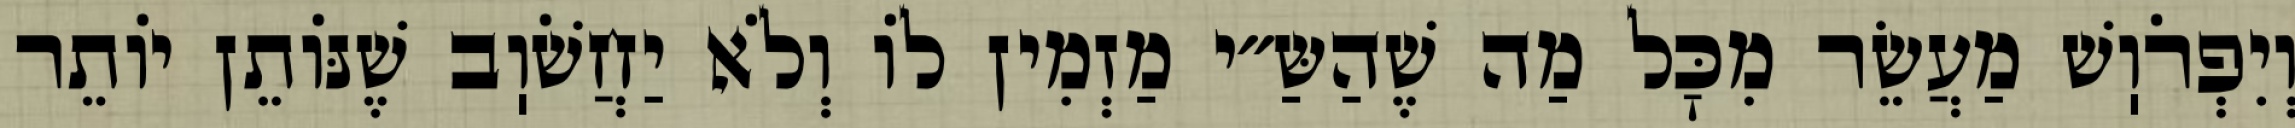
וְיִפְרֹוֽשׁ מַעֲשֵׂר מִכׇּל מַה שֶׁהַשַּ״י מַזְמִין לוֹ וְלֹא יַחֲשֹׁוֽב שֶׁנּוֹתֵן יוֹתֵר